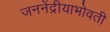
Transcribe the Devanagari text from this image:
जननेंद्रीयाभोवती